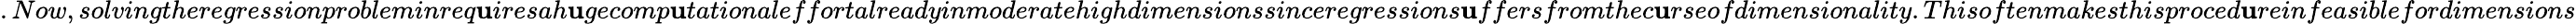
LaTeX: .Now,solvingtheregressionprobleminreq\mathbf{u}iresah\mathbf{u}gecomp\mathbf{u}tationaleffortalreadyinmoderatehighdimensionssinceregressions\mathbf{u}ffersfromthec\mathbf{u}rseofdimensionality.Thisoftenmakesthisproced\mathbf{u}reinfeasiblefordimensions